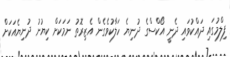
ފިލްމުގައި ދައްކުވައި ދެނީ އޯކްސްގެ ދުނިޔެ ހަލާކުވެގެން އެޒިރޮތު ނަމަކަށް ކިޔުނު ދުނިޔެއަކަށް